Vaccination United Provinces of Agra and Oudh 1902-1913 - 1902-1913
Year: 1902
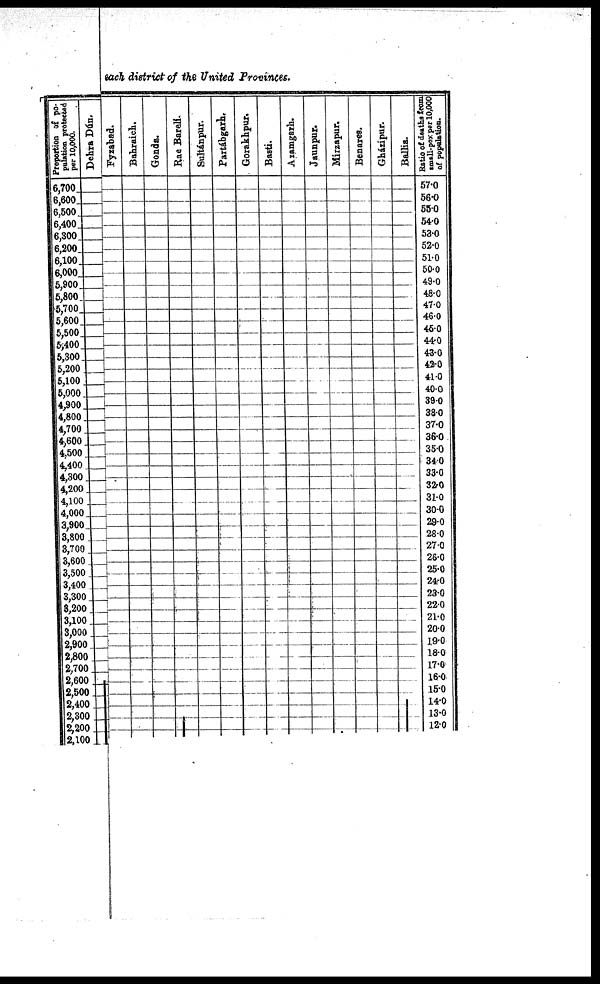
each district of the United Provinces.